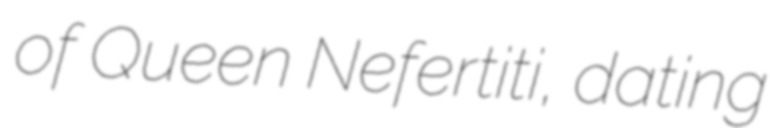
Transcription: of Queen Nefertiti, dating